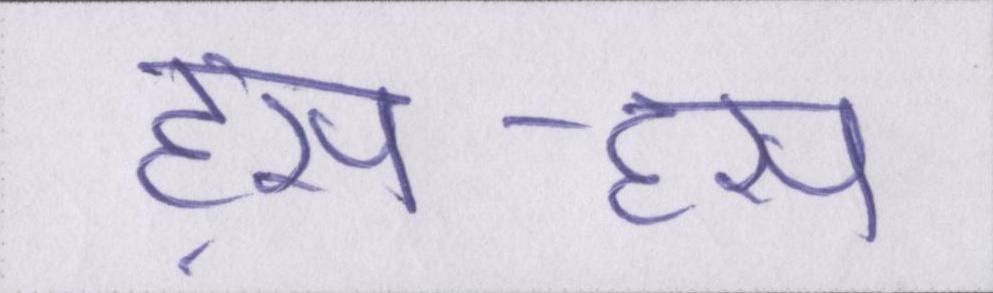
हंसा-हंसा